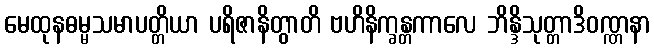
မေထုနဓမ္မသမာပတ္တိယာ ပရိဇာနိတွာတိ ဗဟိနိက္ခန္တကာလေ ဘိန္ဒိသုတ္တာဒိဝဏ္ဏနာ